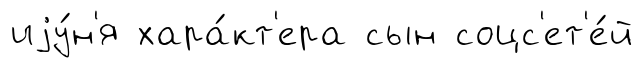
иjу́н'я хара́кт'ера сын соцс'ет'е́й